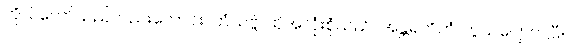
ကိုယ်တော်သည်လည်းကောင်း။ တံသဗ္ဗံ၊ ထိုအလုံးစုံသည်။ အန္တရဟိတံ၊ ကွယ်ပျောက်ပြီ။